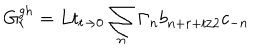
G _ { r } ^ { g h } = L t _ { t \rightarrow 0 } \sum _ { n } \Gamma _ { n } b _ { n + r + t / 2 } c _ { - n }